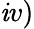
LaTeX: \mathit{i}v)